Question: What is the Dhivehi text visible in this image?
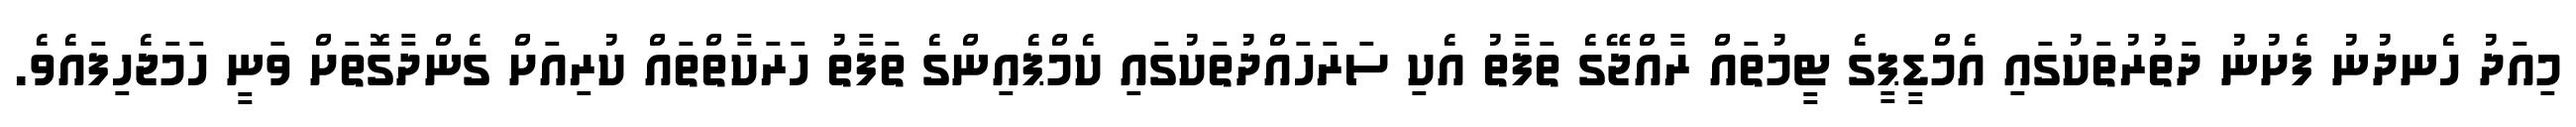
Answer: މިއަދު ހެނދުނު ފެށުނު ދަތުރުތަކުގައި އެމްޑީޕީގެ ޓީމުތައް ރާއްޖޭގެ ތަފާތު އެކި ސަރަހައްދުތަކުގައި ކެމްޕެއިންގެ ތަފާތު ހަރަކާތްތައް ކުރިއަށް ގެންދާގޮތަށް ވަނީ ހަމަޖެހިފައެވެ.